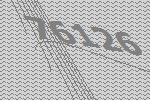
76126